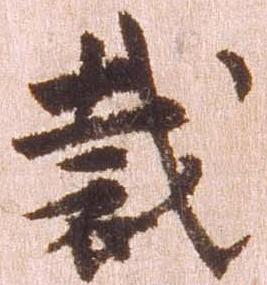
裁